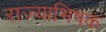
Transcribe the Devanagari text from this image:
राज्याभिषक